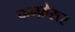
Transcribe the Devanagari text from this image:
कन्फ़ेसर